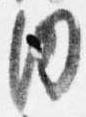
内